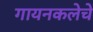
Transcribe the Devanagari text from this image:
गायनकलेचे